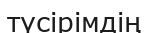
түсірімдің